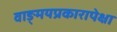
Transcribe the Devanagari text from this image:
वाङ्‌मयप्रकारापेक्षा